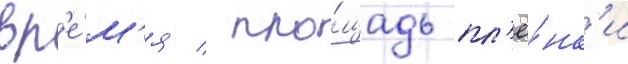
вр'е́м'я / пло́щадь пл'ё́нк'и